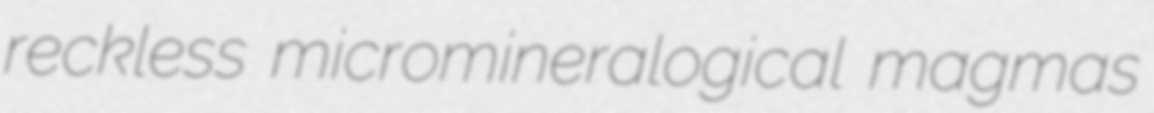
reckless micromineralogical magmas